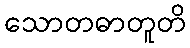
သောတဓာတူတိ